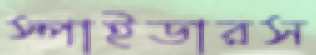
স্পাইডারস